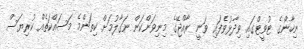
ނިހާންގެ ޓުވީޓްގައި ވިދާޅުވެފައި ވަނީ ރާއްޖޭގެ މިނިވަންކަން ނަގާލުމަށް ކިތަންމެ މަސައްކަތެއް ކުރިޔަސް